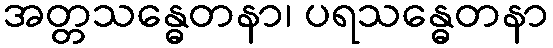
အတ္တသန္ဓေတနာ၊ ပရသန္ဓေတနာ